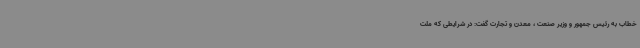
خطاب به رئیس جمهور و وزیر صنعت ، معدن و تجارت گفت: در شرایطی که ملت